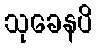
သုခေနပိ